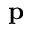
\mathbf { p }